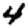
Digit: 4